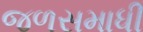
જળસમાધી